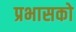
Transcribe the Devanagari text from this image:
प्रभासको